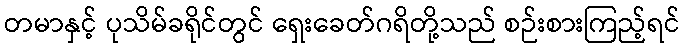
တမာနှင့် ပုသိမ်ခရိုင်တွင် ရှေးခေတ်ဂရိတို့သည် စဉ်းစားကြည့်ရင်